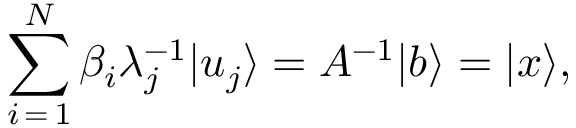
\sum _ { i \mathop { = } 1 } ^ { N } \beta _ { i } \lambda _ { j } ^ { - 1 } | u _ { j } \rangle = A ^ { - 1 } | b \rangle = | x \rangle ,